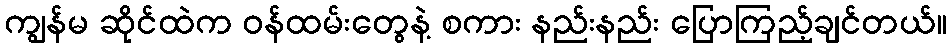
ကျွန်မ ဆိုင်ထဲက ဝန်ထမ်းတွေနဲ့ စကား နည်းနည်း ပြောကြည့်ချင်တယ်။